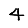
Digit: 4